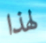
لهذا